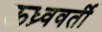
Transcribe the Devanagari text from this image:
ऊध्र्ववर्ती